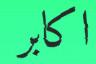
اكابر